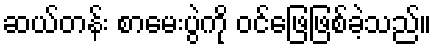
ဆယ်တန်း စာမေးပွဲကို ဝင်ဖြေဖြစ်ခဲ့သည်။